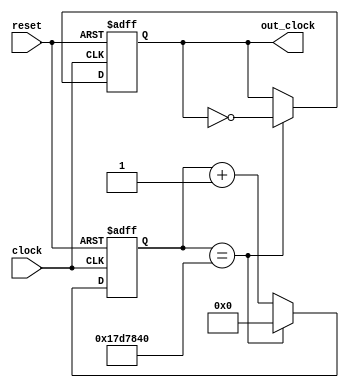
// From https://blog.ijat.my/verilog-frequency-divider since I was too lazy to make my own

module fdiv(
  input clock, reset,
  output reg out_clock
  );
  
  reg [31:0] count;
  wire [31:0] hertz;
  
  parameter clock_hz = 32'd50000000;
  parameter hz = 32'd1;
  
  initial out_clock = 32'b0;
  initial count = 32'b0;
  
  assign hertz = clock_hz / (hz * 2);
  
  always @(posedge clock, posedge reset)
  begin
    if (reset == 1'b1) 
        begin
        count <= 32'b0;
        out_clock <= 32'b0;
      end
    else if (count == hertz) 
    begin
        count <= 32'b0;
        out_clock = ~out_clock;
    end
    else begin
        count <= count + 1;
        out_clock <= out_clock;
      end
  end  
  
endmodule